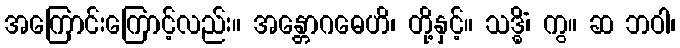
အကြောင်းကြောင့်လည်း။ အန္တောဂဓေဟိ၊ တို့နှင့်။ သဒ္ဓိံ၊ ကွ။ ဆ ဘဝါ၊